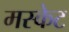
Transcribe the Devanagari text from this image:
मस्केट